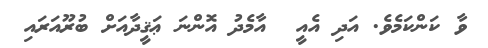
ވާ ކަންކަމެވެ. އަދި އެއީ  އާމެދު އޮންނަ ޢަޤީދާއަށް ބުރޫއަރައި